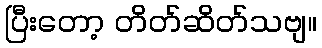
ပြီးတော့ တိတ်ဆိတ်သဗျ။